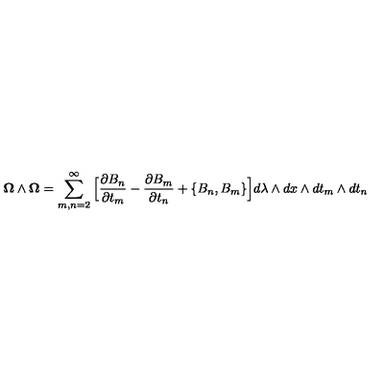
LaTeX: { \bf \Omega } \wedge { \bf \Omega } = \sum _ { m , n = 2 } ^ { \infty } \Big [ { \frac { \partial { B } _ { n } } { \partial t _ { m } } } - { \frac { \partial { B } _ { m } } { \partial t _ { n } } } + \{ { B } _ { n } , { B } _ { m } \} \Big ] d \lambda \wedge d x \wedge d t _ { m } \wedge d t _ { n }